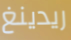
ريدينغ